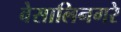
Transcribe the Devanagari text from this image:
वेसालिनगरे